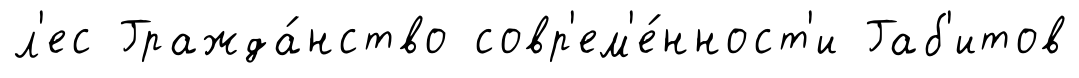
л'ес Гражда́нство совр'ем'е́нност'и Габ'итов